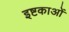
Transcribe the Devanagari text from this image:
इष्टकाओं